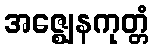
အဇ္ဈေနကုတ္တံ